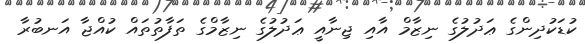
ކުޑަކުދިންގެ ޢަދުލުގެ ނިޒާމް އާއި ޖިނާއީ ޢަދުލުގެ ނިޒާމްގެ ތަފާތުތައް ކުއްޖާ އަނބުރާ